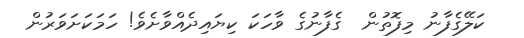
ކަލޭގެފާނު މިފޮތުން  ގެފާނުގެ ވާހަކަ ކިޔައިދެއްވާށެވެ! ހަމަކަށަވަރުން